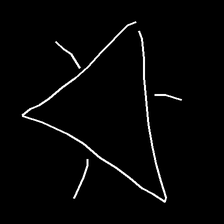
Glyph: fire